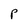
Character: p